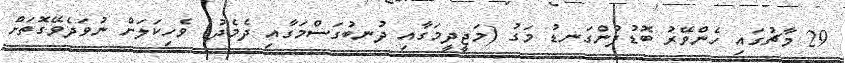
29 މާޗުގައި ހެންވޭރު ބޮޑުފުންގަނޑު މަގު (މަޖީދީމަގާއި ދުނބުގަސްމަގާއި ދެމެދު) ވެހިކަލަށް ނުވަދެވޭގޮތަށް